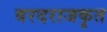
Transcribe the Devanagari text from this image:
वरदराजकृत